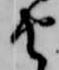
由